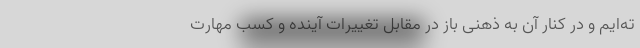
ته‌ایم و در کنار آن به ذهنی باز در مقابل تغییرات آینده و کسب مهارت